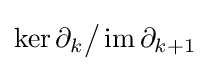
\ker \partial _{k}{\big /}\operatorname {im} \partial _{k+1}